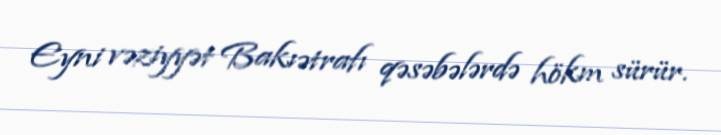
Eyni vəziyyət Bakıətrafı qəsəbələrdə hökm sürür.